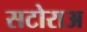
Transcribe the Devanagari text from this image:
सटोराअ